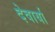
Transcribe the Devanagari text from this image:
देवार्या